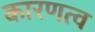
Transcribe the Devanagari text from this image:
कारणत्व